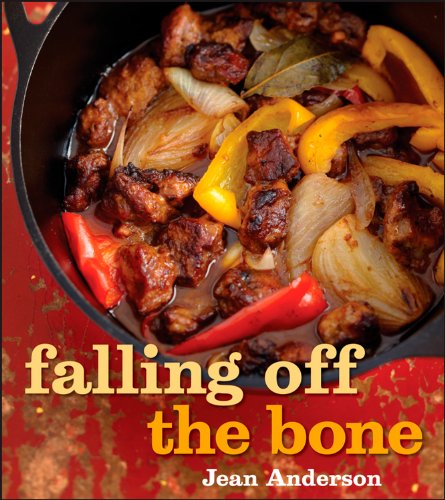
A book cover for Falling Off the Bone; Jean Anderson; Cookbooks, Food & Wine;